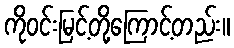
ကိုဝင်းမြင့်တို့ကြောင့်တည်း။